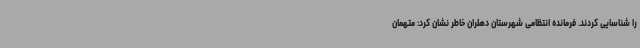
را شناسایی کردند. فرمانده انتظامی شهرستان دهلران خاطر نشان کرد: متهمان